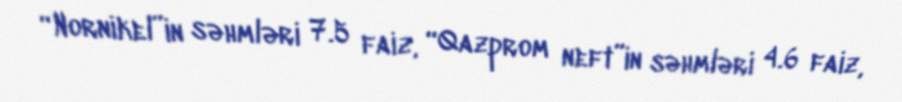
“Nornikel”in səhmləri 7.5 faiz, “Qazprom neft”in səhmləri 4.6 faiz,